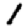
Digit: 1